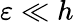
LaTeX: \varepsilon\ll h